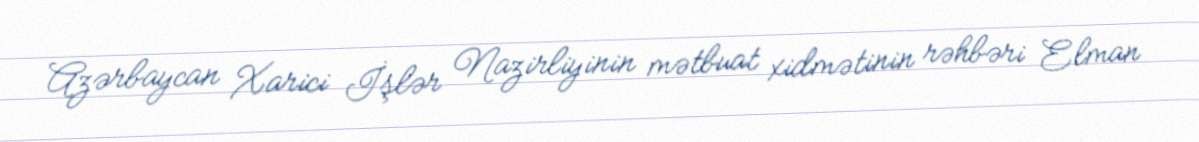
Azərbaycan Xarici İşlər Nazirliyinin mətbuat xidmətinin rəhbəri Elman